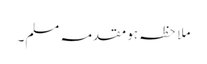
ملاحظہ ہو مقدمہ مسلم۔